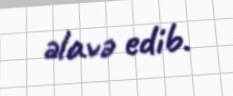
əlavə edib.